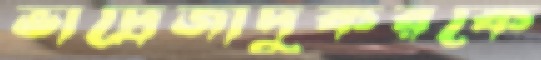
ভাদ্রেজাদুকরকে